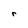
Character: r